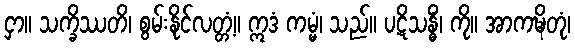
ငှာ။ သက္ခိဿတိ၊ စွမ်းနိုင်လတ္တံ့။ ဣဒံ ကမ္မံ၊ သည်။ ပဋိသန္ဓိံ၊ ကို။ အာကဍ္ဎိတုံ၊